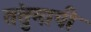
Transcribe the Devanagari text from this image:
तंतुमापी